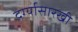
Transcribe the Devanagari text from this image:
दर्ग्यासारखी